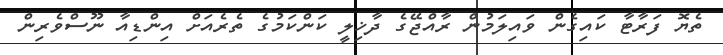
ތެޔޮ ފަރާޓާ ކައިގެން ވައިލަމުން ރާއްޖޭގެ ދާޚިލީ ކަންކަމުގެ ތެރެއަށް އިންޑިއާ ނޫސްވެރިން